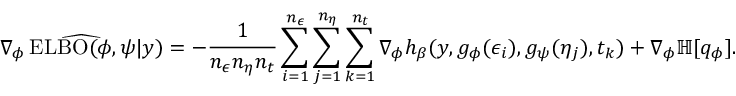
\widehat { \nabla _ { \phi } \operatorname { E L B O } ( \phi , \psi | y ) } = - \frac { 1 } { n _ { \epsilon } n _ { \eta } n _ { t } } \sum _ { i = 1 } ^ { n _ { \epsilon } } \sum _ { j = 1 } ^ { n _ { \eta } } \sum _ { k = 1 } ^ { n _ { t } } \nabla _ { \phi } h _ { \beta } ( y , g _ { \phi } ( \epsilon _ { i } ) , g _ { \psi } ( \eta _ { j } ) , t _ { k } ) + \nabla _ { \phi } \mathbb { H } [ q _ { \phi } ] .